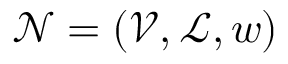
\mathcal { N } = ( \mathcal { V } , \mathcal { L } , w )